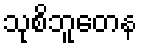
သုစိဘူတေန